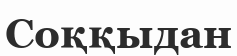
Соққыдан